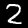
Digit: 2